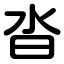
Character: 沓